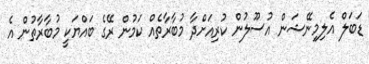
ޑަބަލް އެލިމިނޭޝަން އުސޫލުން ކުރިއަށްދާ މުބާރާތެއް ކަމުން ރޭގެ ބައްޔަކީ މުބާރާތުން އެ